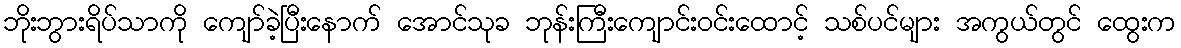
ဘိုးဘွားရိပ်သာကို ကျော်ခဲ့ပြီးနောက် အောင်သုခ ဘုန်းကြီးကျောင်းဝင်းထောင့် သစ်ပင်များ အကွယ်တွင် ထွေးက